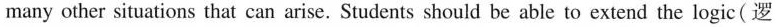
many other situations that can arise. Students should be able to extend the logic (逻